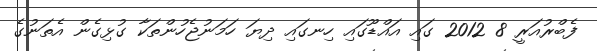
ފެބްރުއަރީ 8 2012 ގައި އައްޑޫގައި ހިނގައި ދިޔަ ހަމަނުޖެހުންތަކާ ގުޅިގެން އެތަނުގެ